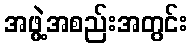
အဖွဲ့အစည်းအတွင်း